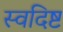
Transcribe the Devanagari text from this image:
स्वदिष्ट